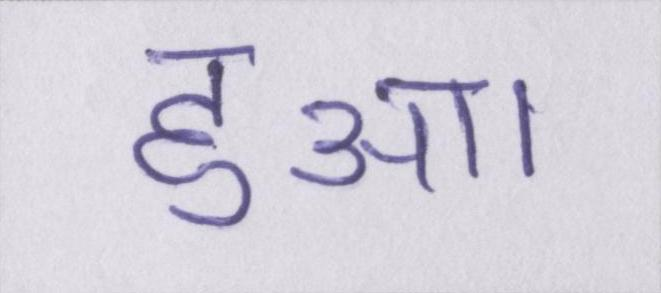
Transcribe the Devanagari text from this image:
हुआ।